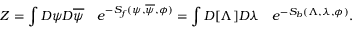
Z = \int { \cal D } \psi { \cal D } \overline { { \psi } } \quad e ^ { - S _ { f } ( \psi , \overline { { \psi } } , \phi ) } = \int { \cal D } [ \Lambda ] { \cal D } \lambda \quad e ^ { - S _ { b } ( \Lambda , \lambda , \phi ) } .